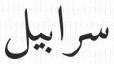
سرابيل